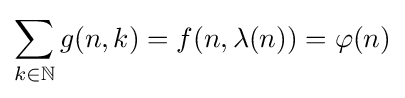
\sum _{k\in \mathbb {N} }g(n,k)=f(n,\lambda (n))=\varphi (n)